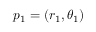
p _ { 1 } = ( r _ { 1 } , \theta _ { 1 } )